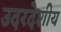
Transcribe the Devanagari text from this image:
उदरदेशीय